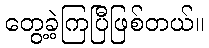
တွေ့ခဲ့ကြပြီဖြစ်တယ်။